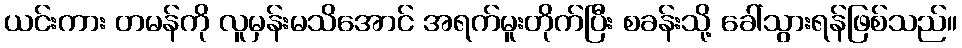
ယင်းကား တမန်ကို လူမှန်းမသိအောင် အရက်မူးတိုက်ပြီး စခန်းသို့ ခေါ်သွားရန်ဖြစ်သည်။